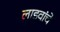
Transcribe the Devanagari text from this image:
लाडवांचे